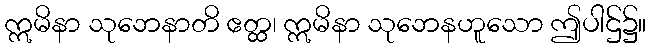
ဣမိနာ သုဘေနာတိ ဧတ္ထ၊ ဣမိနာ သုဘေနဟူသော ဤပါဌ်၌။